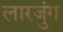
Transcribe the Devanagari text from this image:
लारजुंग